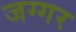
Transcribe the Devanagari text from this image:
जग्गर